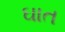
ઘાત